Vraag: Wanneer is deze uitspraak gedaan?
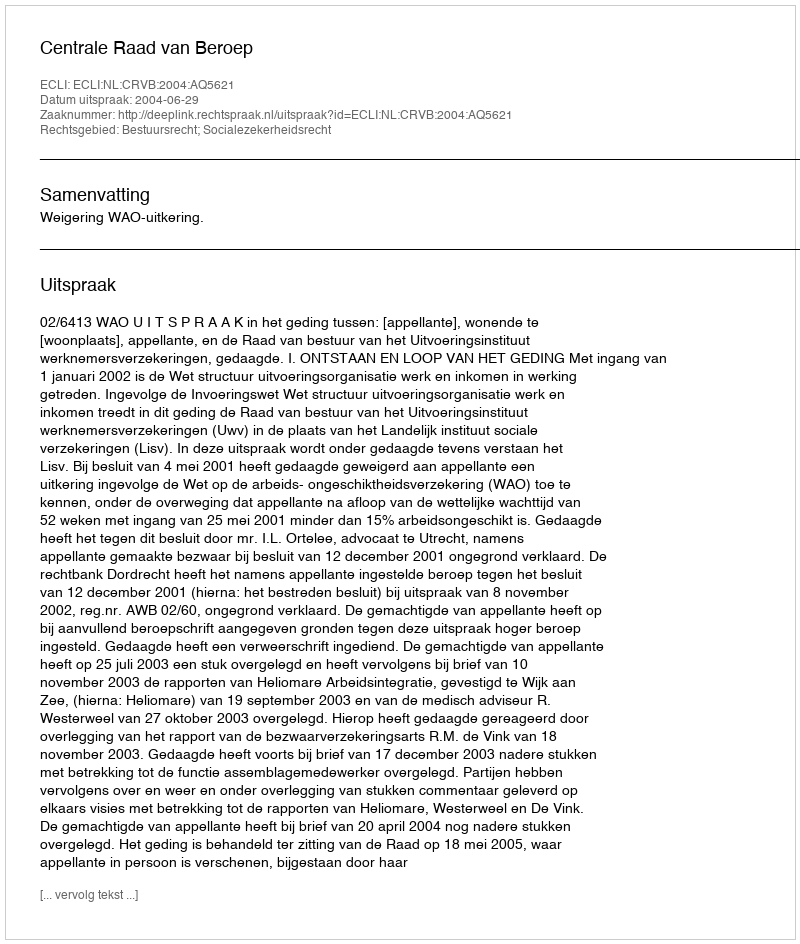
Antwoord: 2004-06-29